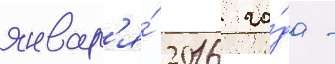
январ'я́ 2016 го́да -